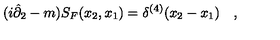
( i \hat { \partial } _ { 2 } - m ) S _ { F } ( x _ { 2 } , x _ { 1 } ) = \delta ^ { ( 4 ) } ( x _ { 2 } - x _ { 1 } ) \quad ,